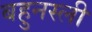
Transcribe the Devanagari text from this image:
बहुनस्ली